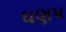
ધણપ